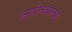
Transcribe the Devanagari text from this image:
आदितंत्रशास्त्र